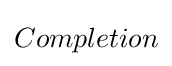
Completion